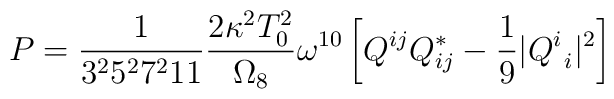
P = \frac{1}{3^2 5^2 7^2 11} \frac{2\kappa^2 T_0^2}{\Omega_8} \omega^{10}\left[ Q^{ij} Q_{ij}^* - \frac{1}{9} | Q^i_{\ i} |^2 \right]